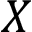
X